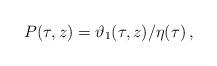
LaTeX: \begin{align*}P(\tau,z)=\vartheta_1(\tau,z)/\eta(\tau)\,,\end{align*}